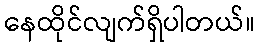
နေထိုင်လျက်ရှိပါတယ်။